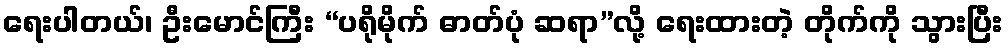
ရေးပါတယ်၊ ဦးမောင်ကြီး “ပရိုမိုက် ဓာတ်ပုံ ဆရာ”လို့ ရေးထားတဲ့ တိုက်ကို သွားပြီး